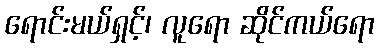
ရောင်းမယ်ရှင့်၊ လူရော ဆိုင်ကယ်ရော